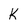
Character: K